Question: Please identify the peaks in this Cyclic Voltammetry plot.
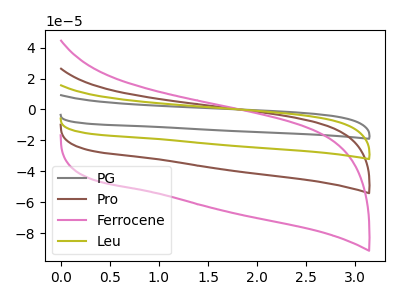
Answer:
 <answer>The gray curve "PG" has no peaks. The brown curve "Pro" has no peaks. The pink curve "Ferrocene" has no peaks. The olive curve "Leu" has no peaks.</answer>
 <eval></eval>